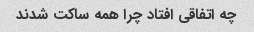
چه اتفاقی افتاد چرا همه ساکت شدند